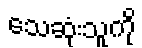
သေဆုံးသူကို